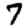
Digit: 7